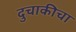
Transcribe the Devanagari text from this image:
दुचाकीचा